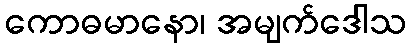
ကောဓမာနော၊ အမျက်ဒေါသ